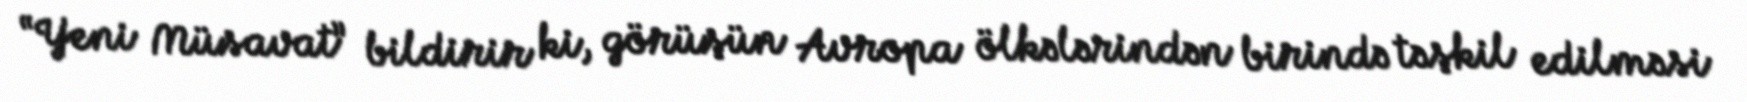
“Yeni Müsavat” bildirir ki, görüşün Avropa ölkələrindən birində təşkil edilməsi